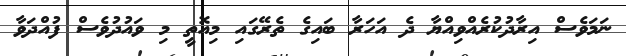
ނަމަވެސް އިރާދުކުރެއްވިއްޔާ ދެ އަހަރާ ބައިގެ ތެރޭގައި މިއޮތީ މި ވައުދުވެސް ފުއްދަވާ